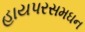
હાયપરસમઘન